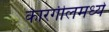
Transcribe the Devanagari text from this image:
कारगीलमध्ये